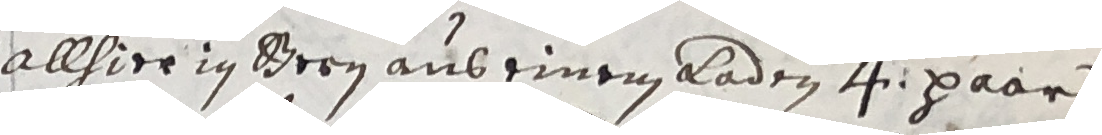
s allhier in Gery aus einem laden 4 paar